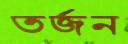
তর্জন